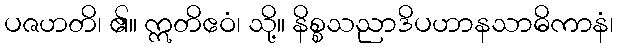
ပဇဟတိ၊ ၏။ ဣတိဧဝံ၊ သို့။ နိစ္စသညာဒိပဟာနသာဓိကာနံ၊